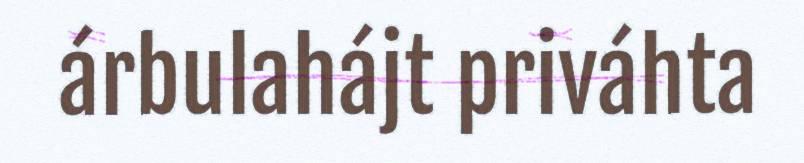
árbulahájt priváhta